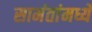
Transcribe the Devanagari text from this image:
सामंतांमध्ये